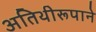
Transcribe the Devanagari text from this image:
अतिथीरूपाने